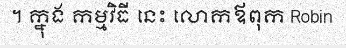
។ ក្នុង កម្មវិធី នេះ លោកឪពុក Robin